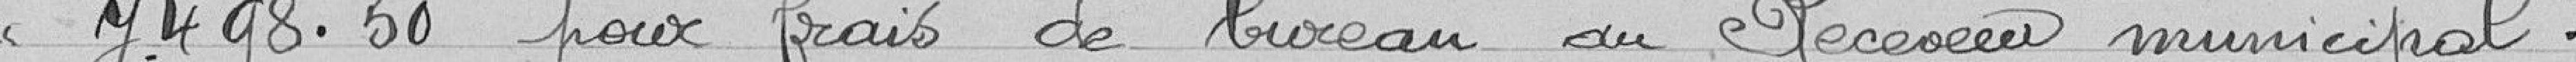
7.498,50 francs pour frais de bureau au Receveur municipal.